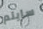
سايلم